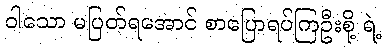
ဝါသော မပြတ်ရအောင် စာပြောရပ်ကြဦးစို့ ရဲ့